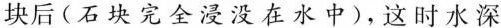
块后(石块完全浸没在水中)，这时水深